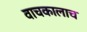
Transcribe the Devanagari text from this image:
वाचकालाच